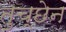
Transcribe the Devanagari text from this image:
तुच्छेन